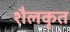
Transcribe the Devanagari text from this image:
शैलकृत